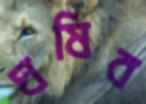
ঘষিব